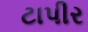
ટાપીર